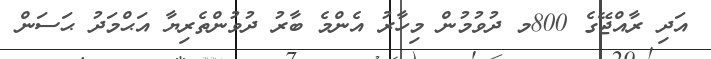
އަދި ރާއްޖޭގެ 800މ ދުވުމުން މިހާރު އެންމެ ބާރު ދުވުންތެރިޔާ އަޙްމަދު ޙަސަން